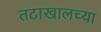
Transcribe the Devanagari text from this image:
तटाखालच्या